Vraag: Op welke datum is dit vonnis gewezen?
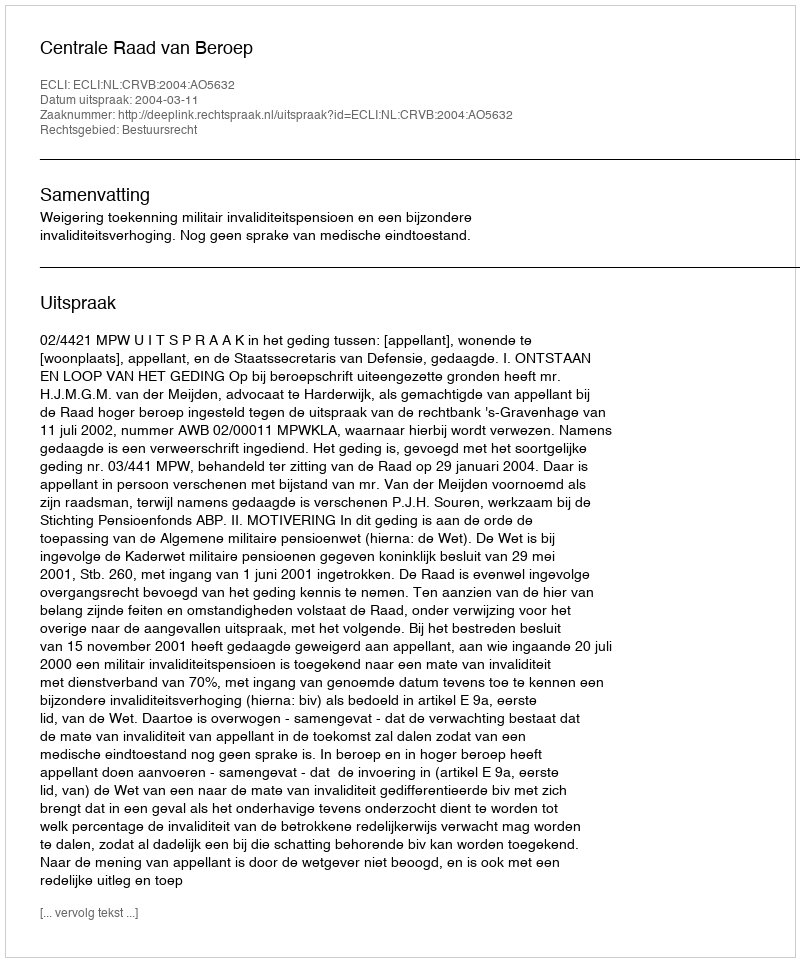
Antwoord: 2004-03-11